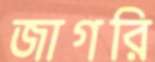
জাগরি